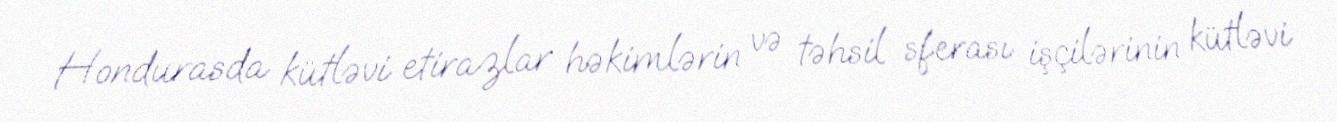
Hondurasda kütləvi etirazlar həkimlərin və təhsil sferası işçilərinin kütləvi